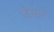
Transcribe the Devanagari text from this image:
जेमज़